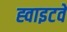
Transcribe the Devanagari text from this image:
ह्वाइटवे